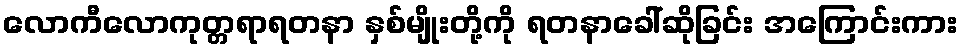
လောကီလောကုတ္တရာရတနာ နှစ်မျိုးတို့ကို ရတနာခေါ်ဆိုခြင်း အကြောင်းကား